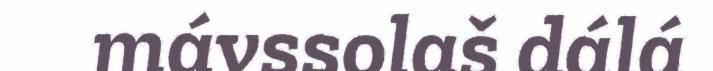
mávssolaš dálá